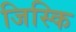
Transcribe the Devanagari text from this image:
जिस्कि